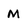
Character: M